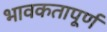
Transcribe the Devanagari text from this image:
भावकतापूर्ण